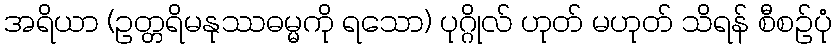
အရိယာ (ဥတ္တရိမနုဿဓမ္မကို ရသော) ပုဂ္ဂိုလ် ဟုတ် မဟုတ် သိရန် စီစဉ်ပုံ